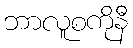
ဘာလူစကိုနီ